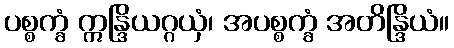
ပစ္စက္ခံ ဣန္ဒြိယဂ္ဂယှံ၊ အပစ္စက္ခံ အတိန္ဒြိယံ။